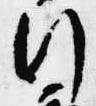
行